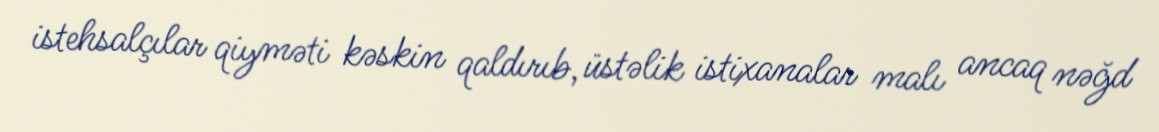
istehsalçılar qiyməti kəskin qaldırıb, üstəlik istixanalar malı ancaq nəğd